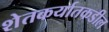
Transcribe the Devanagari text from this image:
शेतकर्यातकडील